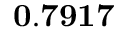
\mathbf { 0 . 7 9 1 7 }